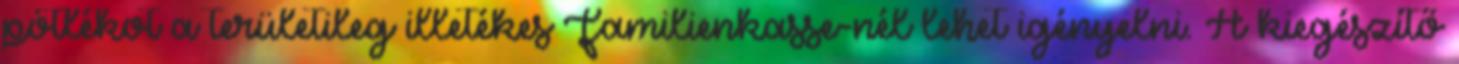
pótlékot a területileg illetékes Familienkasse-nél lehet igényelni. A kiegészítő